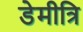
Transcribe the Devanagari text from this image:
डेमीत्रि